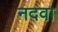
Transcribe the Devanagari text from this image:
नदवा